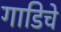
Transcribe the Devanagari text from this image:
गाडिचे